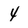
Character: 4